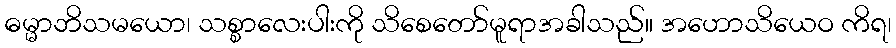
ဓမ္မာဘိသမယော၊ သစ္စာလေးပါးကို သိစေတော်မူရာအခါသည်။ အဟောသိယေဝ ကိရ၊